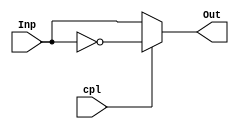

//implementar un modulo que nos permita complementar a voluntad en funcin de una seal de control cpl 
//de forma que podamos dejar pasar un dato sin modificar o hacer su complemento a uno.

module compl1(output wire [3:0] Out, input wire [3:0] Inp, input wire cpl);
  //si cpl = 1, Out = cpl1(Inp) y cuando cpl = 0 la salida Out = Inp
 assign Out = cpl ? (~Inp) : Inp;

endmodule